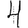
Digit: 4